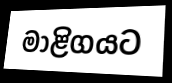
මාළිගයට